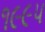
૧૯૯૫